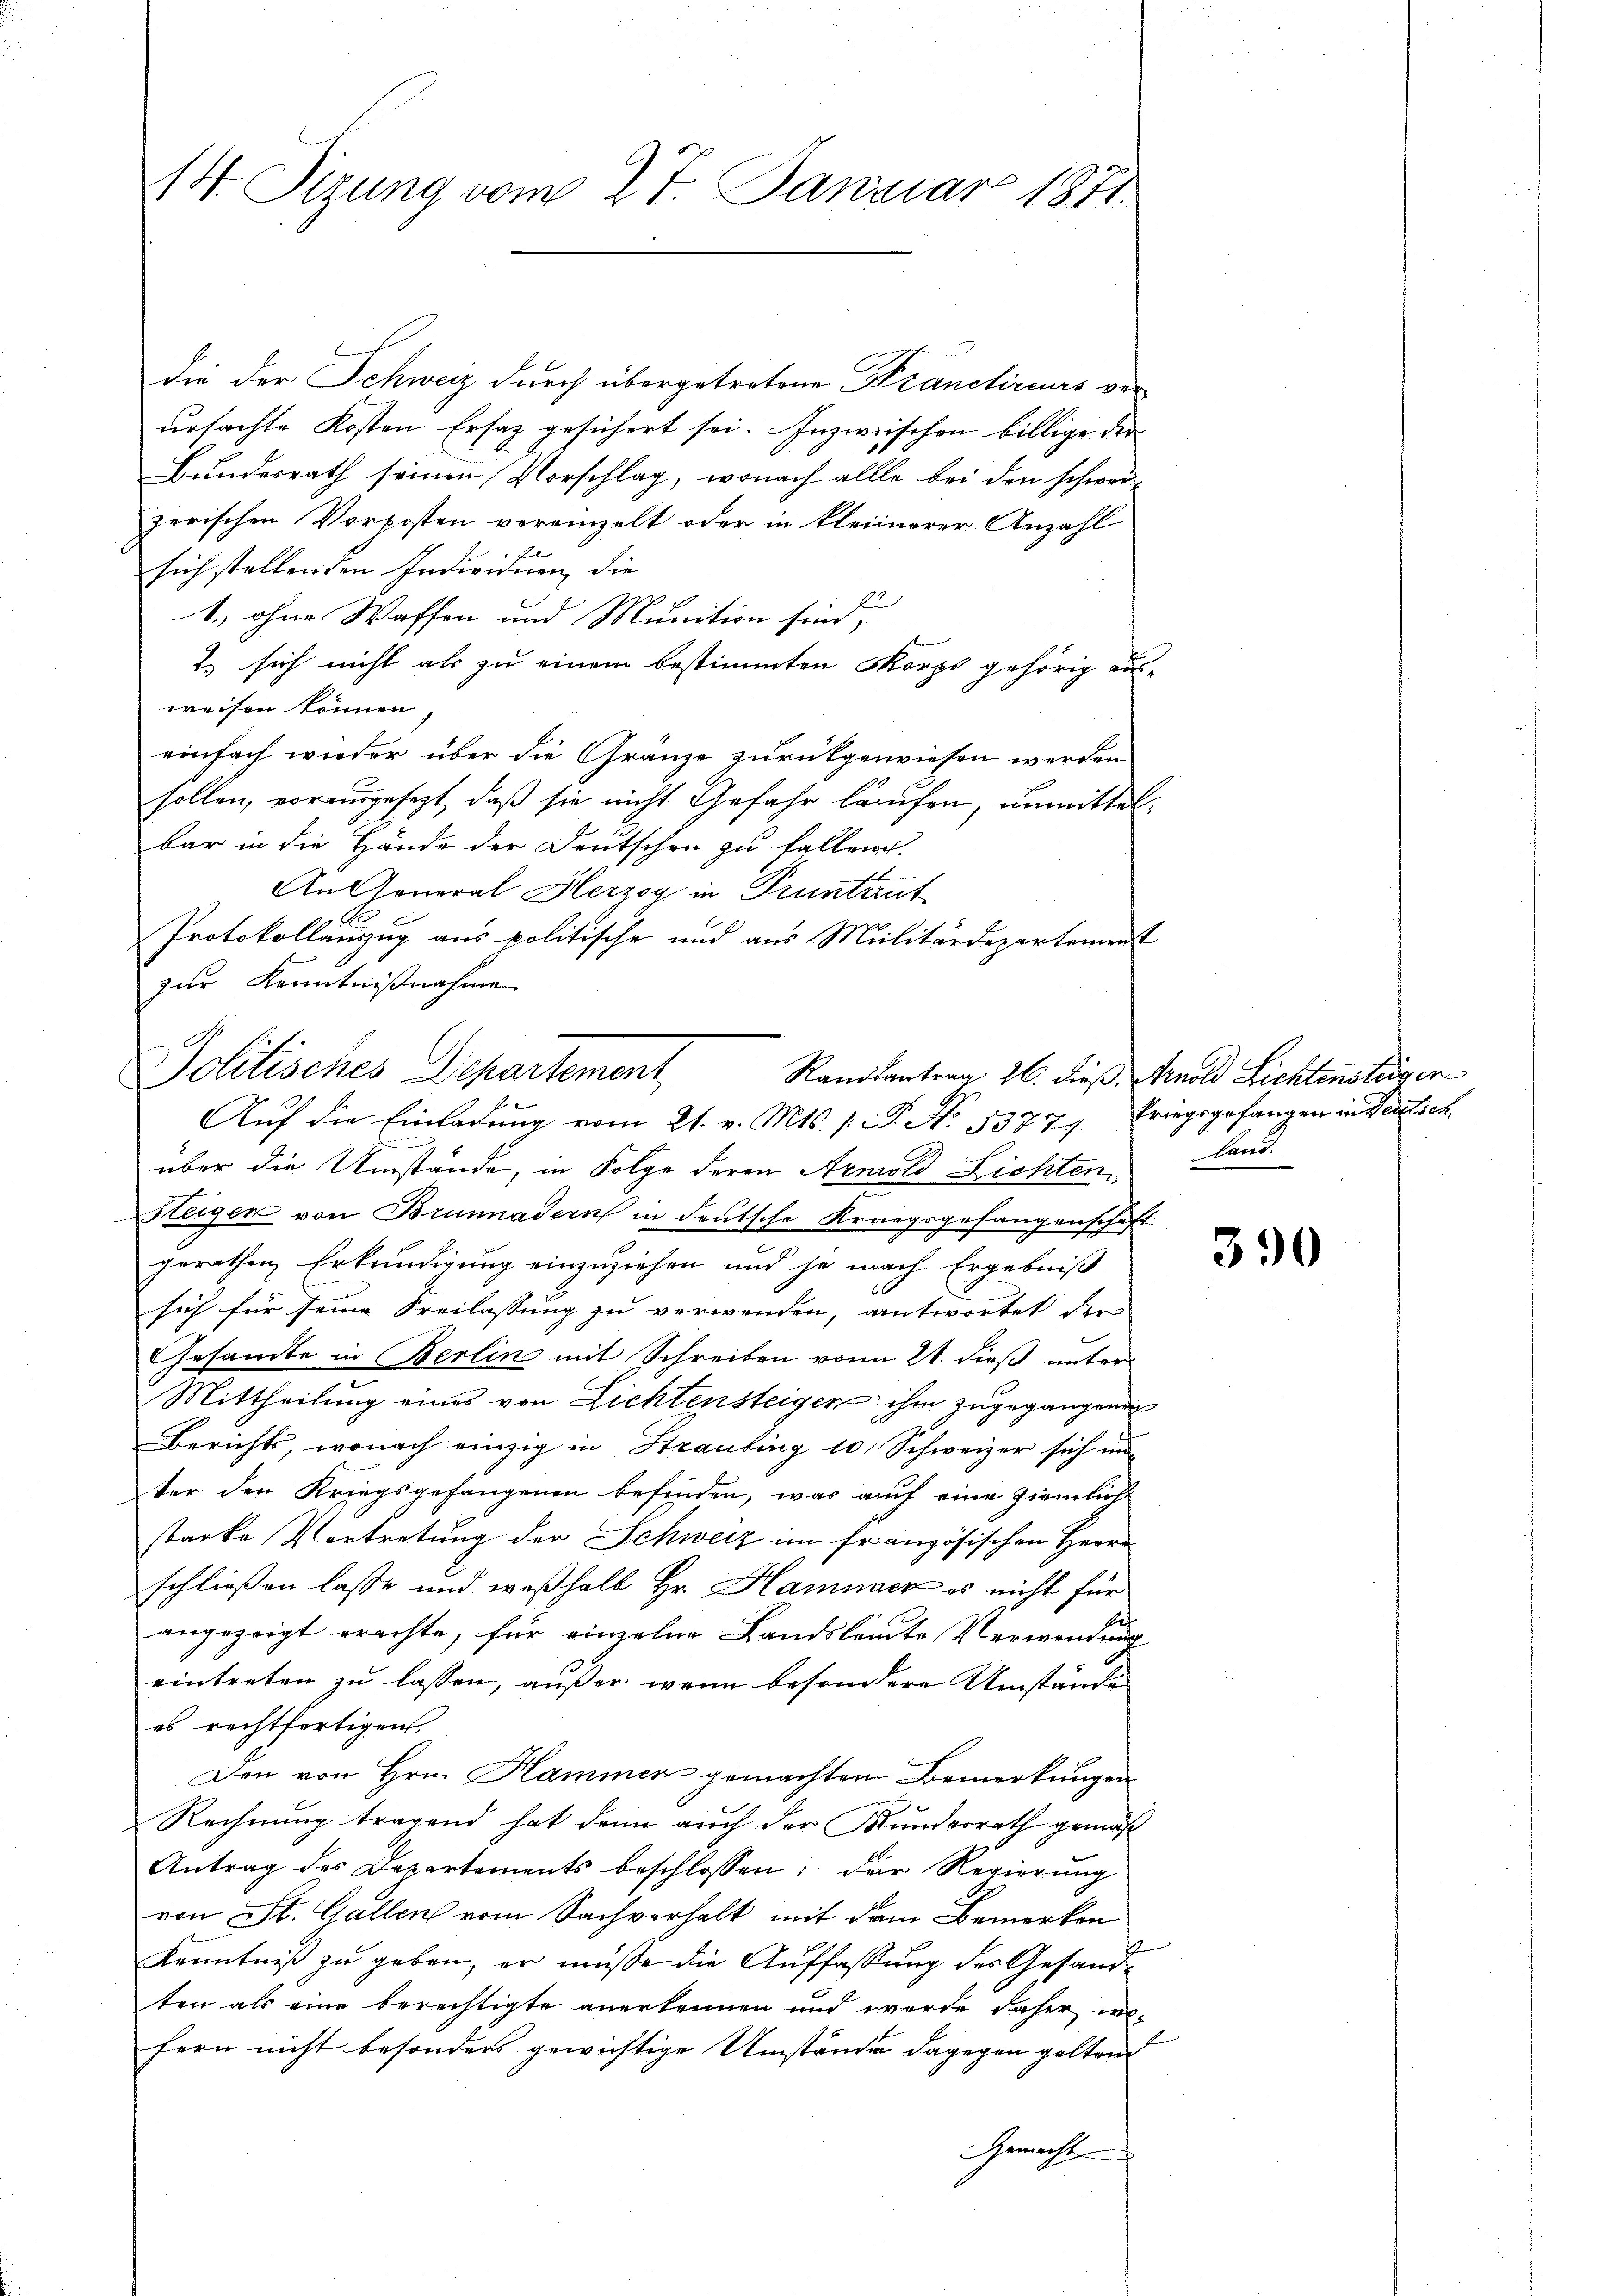
14. Sizung vom 27. Januar 1871

die der Schweiz durch übergetretene Kranctireurs ver
ursachte Kosten Ersatz gesichert sei. Inzwischen billige der
Bundesrath seinen Vorschlag, wonach alle bei den schwer-
zerischen Vorkosten vereinzelt oder in kleinerer Anzahl
sich stellenden Individuen, die
1., ohne Waffen und Munition sind,
2. sich nicht als zu einem bestimmten Morps gehörig aus-
weisen können,
einfach wieder über die Gränze zurückgewiesen werden
sollen, vorausgesezt, daß sie nicht Gefahr laufen, unmittelbar in die Hände der Deutschen zu fallen.
An General Herzog in Pruntant
Protokollanzug aus politische und aus Militärdepartement
zur Kenntnißnahme
über die Umstände, in Folge deren Arnold Lichten, land.
Steigen von Brunnadern in deutsche Krungsgefangenschaft
gerathen Erkundigung einzuziehen und je nach Ergebniß
sich für seine Freilassung zu verwenden, antwortet der
B
Gesamte in Berlin mit Schreiben vom 21. dieß unter
Mittheilung eines von Lichtensteigen ihm zugegangenen
Berichts, wonach einzig in Strauling 10 Schweizer sich un
ter den Kriegsgefangenen befinden, was auf eine ziemlich
starke Vertretung der Schweiz im französischen Herrn
schließen lasse und weßhalb Hr. Hammer es nicht für
angezeigt erachte, für einzelne Landsleute Verwendung
eintreten zu lassen, außer wenn besondere Umstände
es rechtfertigen
Den von Hrn. Hammer gemachten Bemerkungen
Rechnung tragend hat dann auch der Bundesrath gemäß
Antrag des Departements beschlossen: der Regierung
von St. Gallen vom Sachverhalt mit dem Bemerken
Kenntniß zu geben, er müsse die Auffassung des Gesandten als eine berechtigte anerkennen und werde daher ins-
fern nicht besonders gewichtige Umstände dagegen geltend
Gemacht

Politisches Departement
Auf die Einladung vom 21. v. Mts. p. C. No. 5377, Kriegsgefangen in Deutsch

Randsantrag 26. dieß, Arnold Lichtensteiger

390